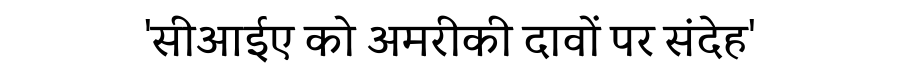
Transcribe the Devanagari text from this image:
'सीआईए को अमरीकी दावों पर संदेह'